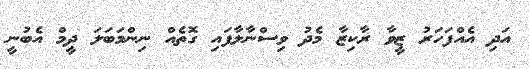
އަދި އެއްފަހަރު ޒީވާ ރާކިޒާ މެދު ވިސްނާލާފައި ގޮތެއް ނިންމަބަލަ ދީމް އެބުނީ